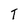
Character: T